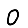
Digit: 0